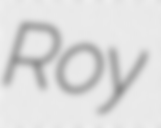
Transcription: Roy